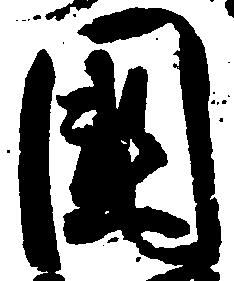
国